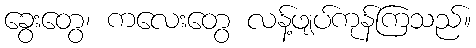
ခွေးတွေ၊ ကလေးတွေ လန့်ဖျပ်ကုန်ကြသည်။